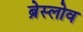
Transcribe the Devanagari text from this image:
ब्रेस्लोव